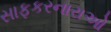
સાફકરનારાઓ